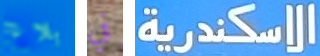
بلاغ في الاسكندرية